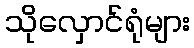
သိုလှောင်ရုံများ